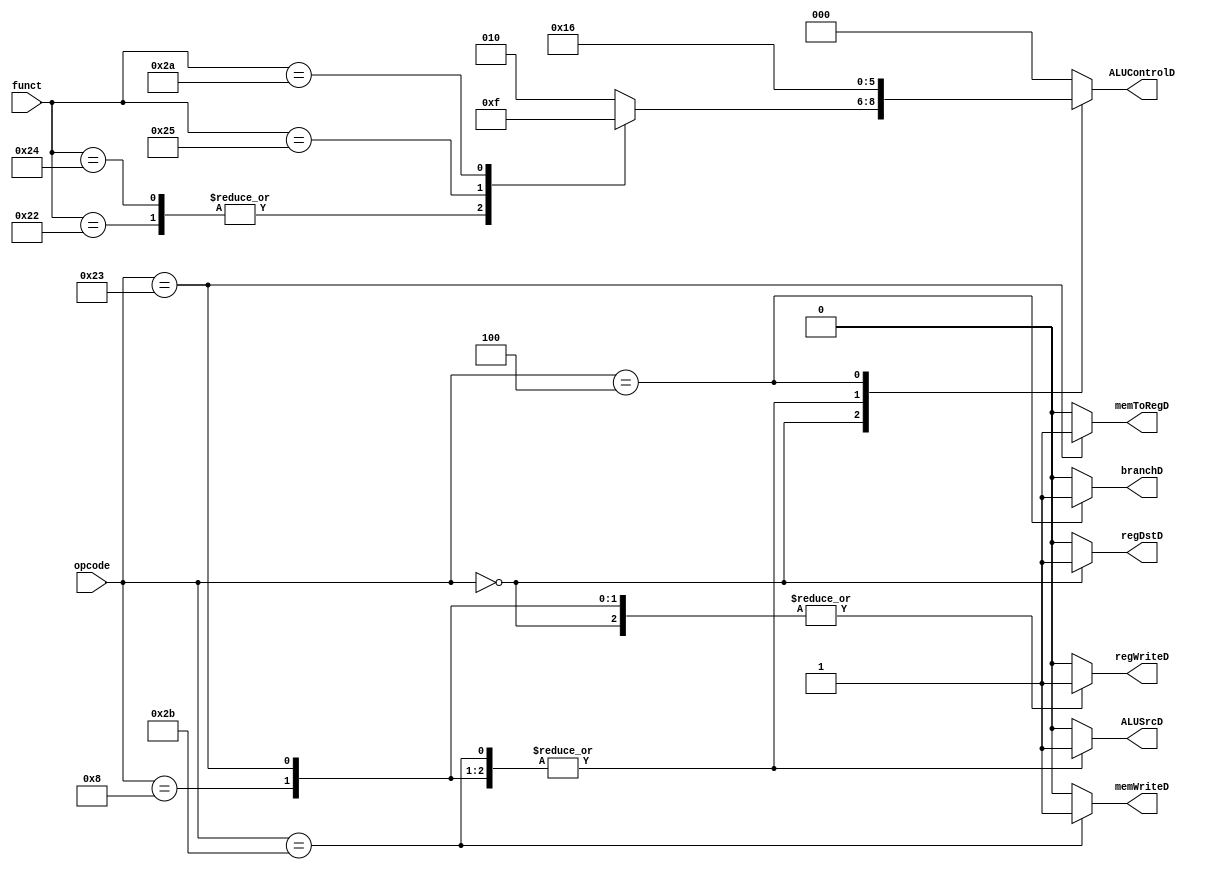
module controlUnit(
    input [5:0] opcode,
    input [5:0] funct,
    output regWriteD,
    output memToRegD,
    output memWriteD,
    output branchD,
    output [2:0] ALUControlD,
    output ALUSrcD,
    output regDstD
    );
    reg [2:0] ALUControlD;
    reg regWriteD, memToRegD, memWriteD, branchD, ALUSrcD,regDstD;
    
    always @(*)
    begin
    case(opcode)
    6'b00000: begin //various instructions, look at funct
    	case(funct)
    	6'b100000: begin //0 opcode/ 20hex funct
            	regWriteD = 1'b1;
            	memToRegD = 1'b0;
            	memWriteD = 1'b0;
            	branchD  = 1'b0;
            	ALUControlD = 3'b010;
            	ALUSrcD = 1'b0;
            	regDstD  = 1'b1;
        	end
     	6'b100010: begin //subtract 22hex function
            	regWriteD = 1'b1;
            	memToRegD = 1'b0;
            	memWriteD = 1'b0;
            	branchD  = 1'b0;
            	ALUControlD = 3'b000;
            	ALUSrcD = 1'b0;
            	regDstD  = 1'b1;
        	end
      	6'b100100: begin //AND 24hex function
            	regWriteD = 1'b1;
            	memToRegD = 1'b0;
            	memWriteD = 1'b0;
            	branchD  = 1'b0;
            	ALUControlD = 3'b000;
            	ALUSrcD = 1'b0;
            	regDstD  = 1'b1;
        	end
     	6'b100101: begin //or 25hex function
            	regWriteD = 1'b1;
            	memToRegD = 1'b0;
            	memWriteD = 1'b0;
            	branchD  = 1'b0;
            	ALUControlD = 3'b001;
            	ALUSrcD = 1'b0;
            	regDstD  = 1'b1;
        	end
      	6'b101010: begin //slt 2ahex function
            	regWriteD = 1'b1;
            	memToRegD = 1'b0;
            	memWriteD = 1'b0;
            	branchD  = 1'b0;
            	ALUControlD = 3'b111;
            	ALUSrcD = 1'b0;
            	regDstD  = 1'b1;
        	end
        	default: begin
            	regWriteD = 1'b1;
            	memToRegD = 1'b0;
            	memWriteD = 1'b0;
            	branchD  = 1'b0;
            	ALUControlD = 3'b010;
            	ALUSrcD = 1'b0;
            	regDstD  = 1'b1;
        	end
        	endcase
    	end
    
    6'b001000: begin //addi 8hex
    	regWriteD = 1'b1;
    	memToRegD = 1'b0;
    	memWriteD = 1'b0;
    	branchD  = 1'b0;
    	ALUControlD = 3'b010;
    	ALUSrcD = 1'b1;
    	regDstD  = 1'b0;
    end
    
    6'b100011: begin //lw 23hex
    	regWriteD = 1'b1;
    	memToRegD = 1'b1;
    	memWriteD = 1'b0;
    	branchD  = 1'b0;
    	ALUControlD = 3'b010;
    	ALUSrcD = 1'b1;
    	regDstD  = 1'b0;
    end
    
    6'b101011: begin //sw 2bhex
    	regWriteD = 1'b0;
    	memToRegD = 1'b0;
    	memWriteD = 1'b1;
    	branchD  = 1'b0;
    	ALUControlD = 3'b010;
    	ALUSrcD = 1'b1;
    	regDstD  = 1'b0;
    end
    
    6'b000100: begin //BEQ 4hex
    	regWriteD = 1'b0;
    	memToRegD = 1'b0;
    	memWriteD = 1'b0;
    	branchD  = 1'b1;
    	ALUControlD = 3'b110;
    	ALUSrcD = 1'b0;
    	regDstD  = 1'b0;
    end
    
	default: begin
    	regWriteD = 1'b0;
    	memToRegD = 1'b0;
    	memWriteD = 1'b0;
    	branchD  = 1'b0;
    	ALUControlD = 3'b000;
    	ALUSrcD = 1'b0;
    	regDstD  = 1'b0;
    	end
    
    endcase
    end
endmodule